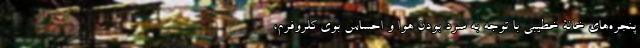
پنجره‌های خانۀ خطیبی با توجه به سرد بودن هوا و احساسِ بوی کلروفرم،